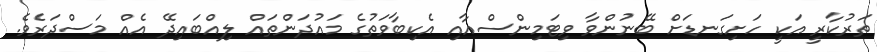
ތަރުކާރީ އަކީ ހަށިގަނޑަށް ބޭނުންވާ ވިޓަމިންސްއާއި އެކިބާވަތުގެ މައުދަންތައް ލިއްބައިދޭ އެއް މަސްދަރެވެ.